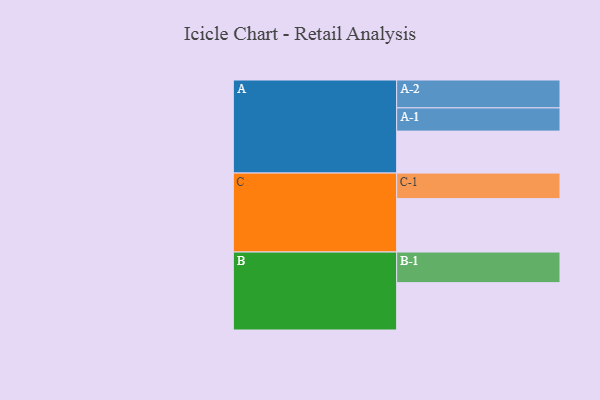
{"axis": {"x": "Segment", "y": "Value"}, "legend": ["", "A", "B", "C"], "data": [{"x": "A", "y": 325, "type": ""}, {"x": "B", "y": 367, "type": ""}, {"x": "C", "y": 414, "type": ""}, {"x": "A-1", "y": 180, "type": "A"}, {"x": "A-2", "y": 216, "type": "A"}, {"x": "B-1", "y": 237, "type": "B"}, {"x": "C-1", "y": 198, "type": "C"}]}